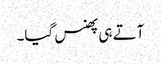
آتے ہی پھنس گیا۔